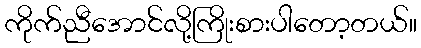
ကိုက်ညီအောင်လို့ကြိုးစားပါတော့တယ်။